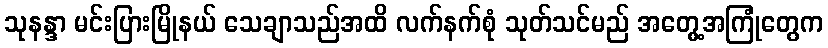
သုနန္ဒာ မင်းပြားမြိုနယ် သေချာသည်အထိ လက်နက်စုံ သုတ်သင်မည် အတွေ့အကြုံတွေက